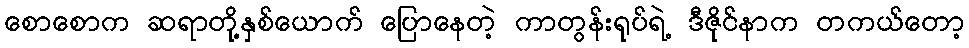
စောစောက ဆရာတို့နှစ်ယောက် ပြောနေတဲ့ ကာတွန်းရုပ်ရဲ့ ဒီဇိုင်နာက တကယ်တော့